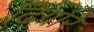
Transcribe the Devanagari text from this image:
ढिगारे